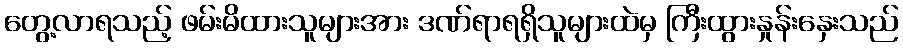
တွေ့လာရသည့် ဖမ်းမိထားသူများအား ဒဏ်ရာရရှိသူများထဲမှ ကြီးထွားနှုန်းနှေးသည်